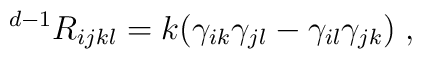
{}^{d-1}R_{ijkl}=k (\gamma_{ik}\gamma_{jl}-\gamma_{il}\gamma_{jk})\;,